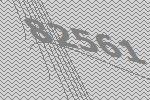
82561